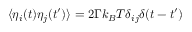
\langle \eta _ { i } ( t ) \eta _ { j } ( t ^ { \prime } ) \rangle = 2 \Gamma k _ { B } T \delta _ { i j } \delta ( t - t ^ { \prime } )